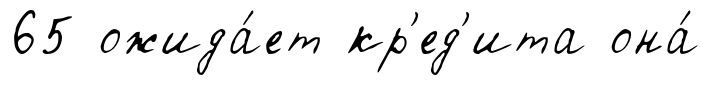
65 ожида́ет кр'ед'ита она́